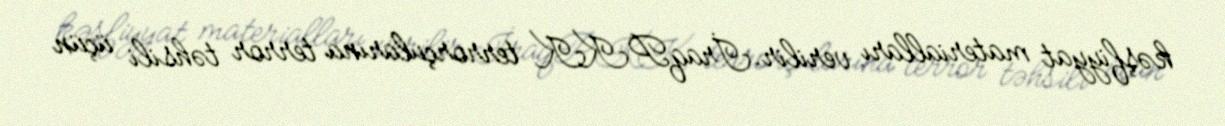
kəşfiyyat materialları verilir.İraqPKK terrorçularına terror təhsili üçün